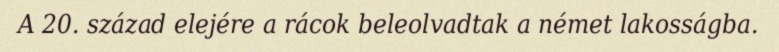
A 20. század elejére a rácok beleolvadtak a német lakosságba.